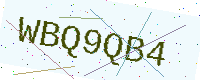
Text: WBQ9QB4